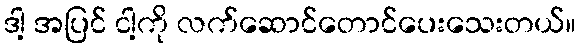
ဒါ့ အပြင် ငါ့ကို လက်ဆောင်တောင်ပေးသေးတယ်။